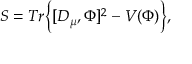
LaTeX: S = T r \Big \{ [ D _ { \mu } , \Phi ] ^ { 2 } - V ( \Phi ) \Big \} ,